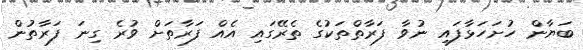
ބަޔާން ހުށަހަޅާފައި ނުވާ ފަރާތްތަކުގެ ތެރޭގައި އެއް ފަރާތަށް ވުރެ ގިނަ ފަރާތުން